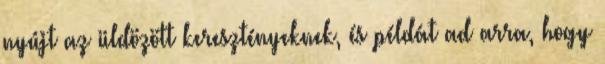
nyújt az üldözött keresztényeknek, és példát ad arra, hogy